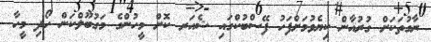
ރާގުތަކަށް ގުރުއާން ކިޔެވުމަށްފަހު ފޭސްބުކްގައި ޝެއަރ ކޮށް މީހުންގެ މަގުބޫލްކަން ހޯދި މީހާ